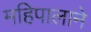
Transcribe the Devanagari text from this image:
महिपालाने